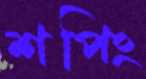
শপিং